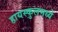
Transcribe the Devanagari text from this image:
हायस्कुलमध्ये